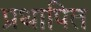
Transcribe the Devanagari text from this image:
प्रथापित